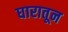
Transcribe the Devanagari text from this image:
घारातून